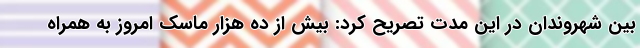
بین شهروندان در این مدت تصریح کرد: بیش از ده هزار ماسک امروز به همراه